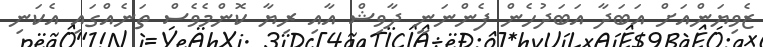
ޒެވިޔަންއަށް އަބަދާ އަބަދުހެން ފެންނަނީ ދާވިޝް އާއި ރިޔާ ކޮންމެވެސް ތަނެއްގައި އެކަނި